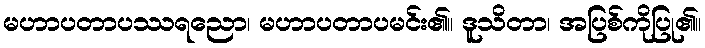
မဟာပတာပဿရညော၊ မဟာပတာပမင်း၏။ ဒူသိတာ၊ အပြစ်ကိုပြု၏။